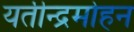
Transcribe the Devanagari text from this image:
यतीन्द्रमोहन